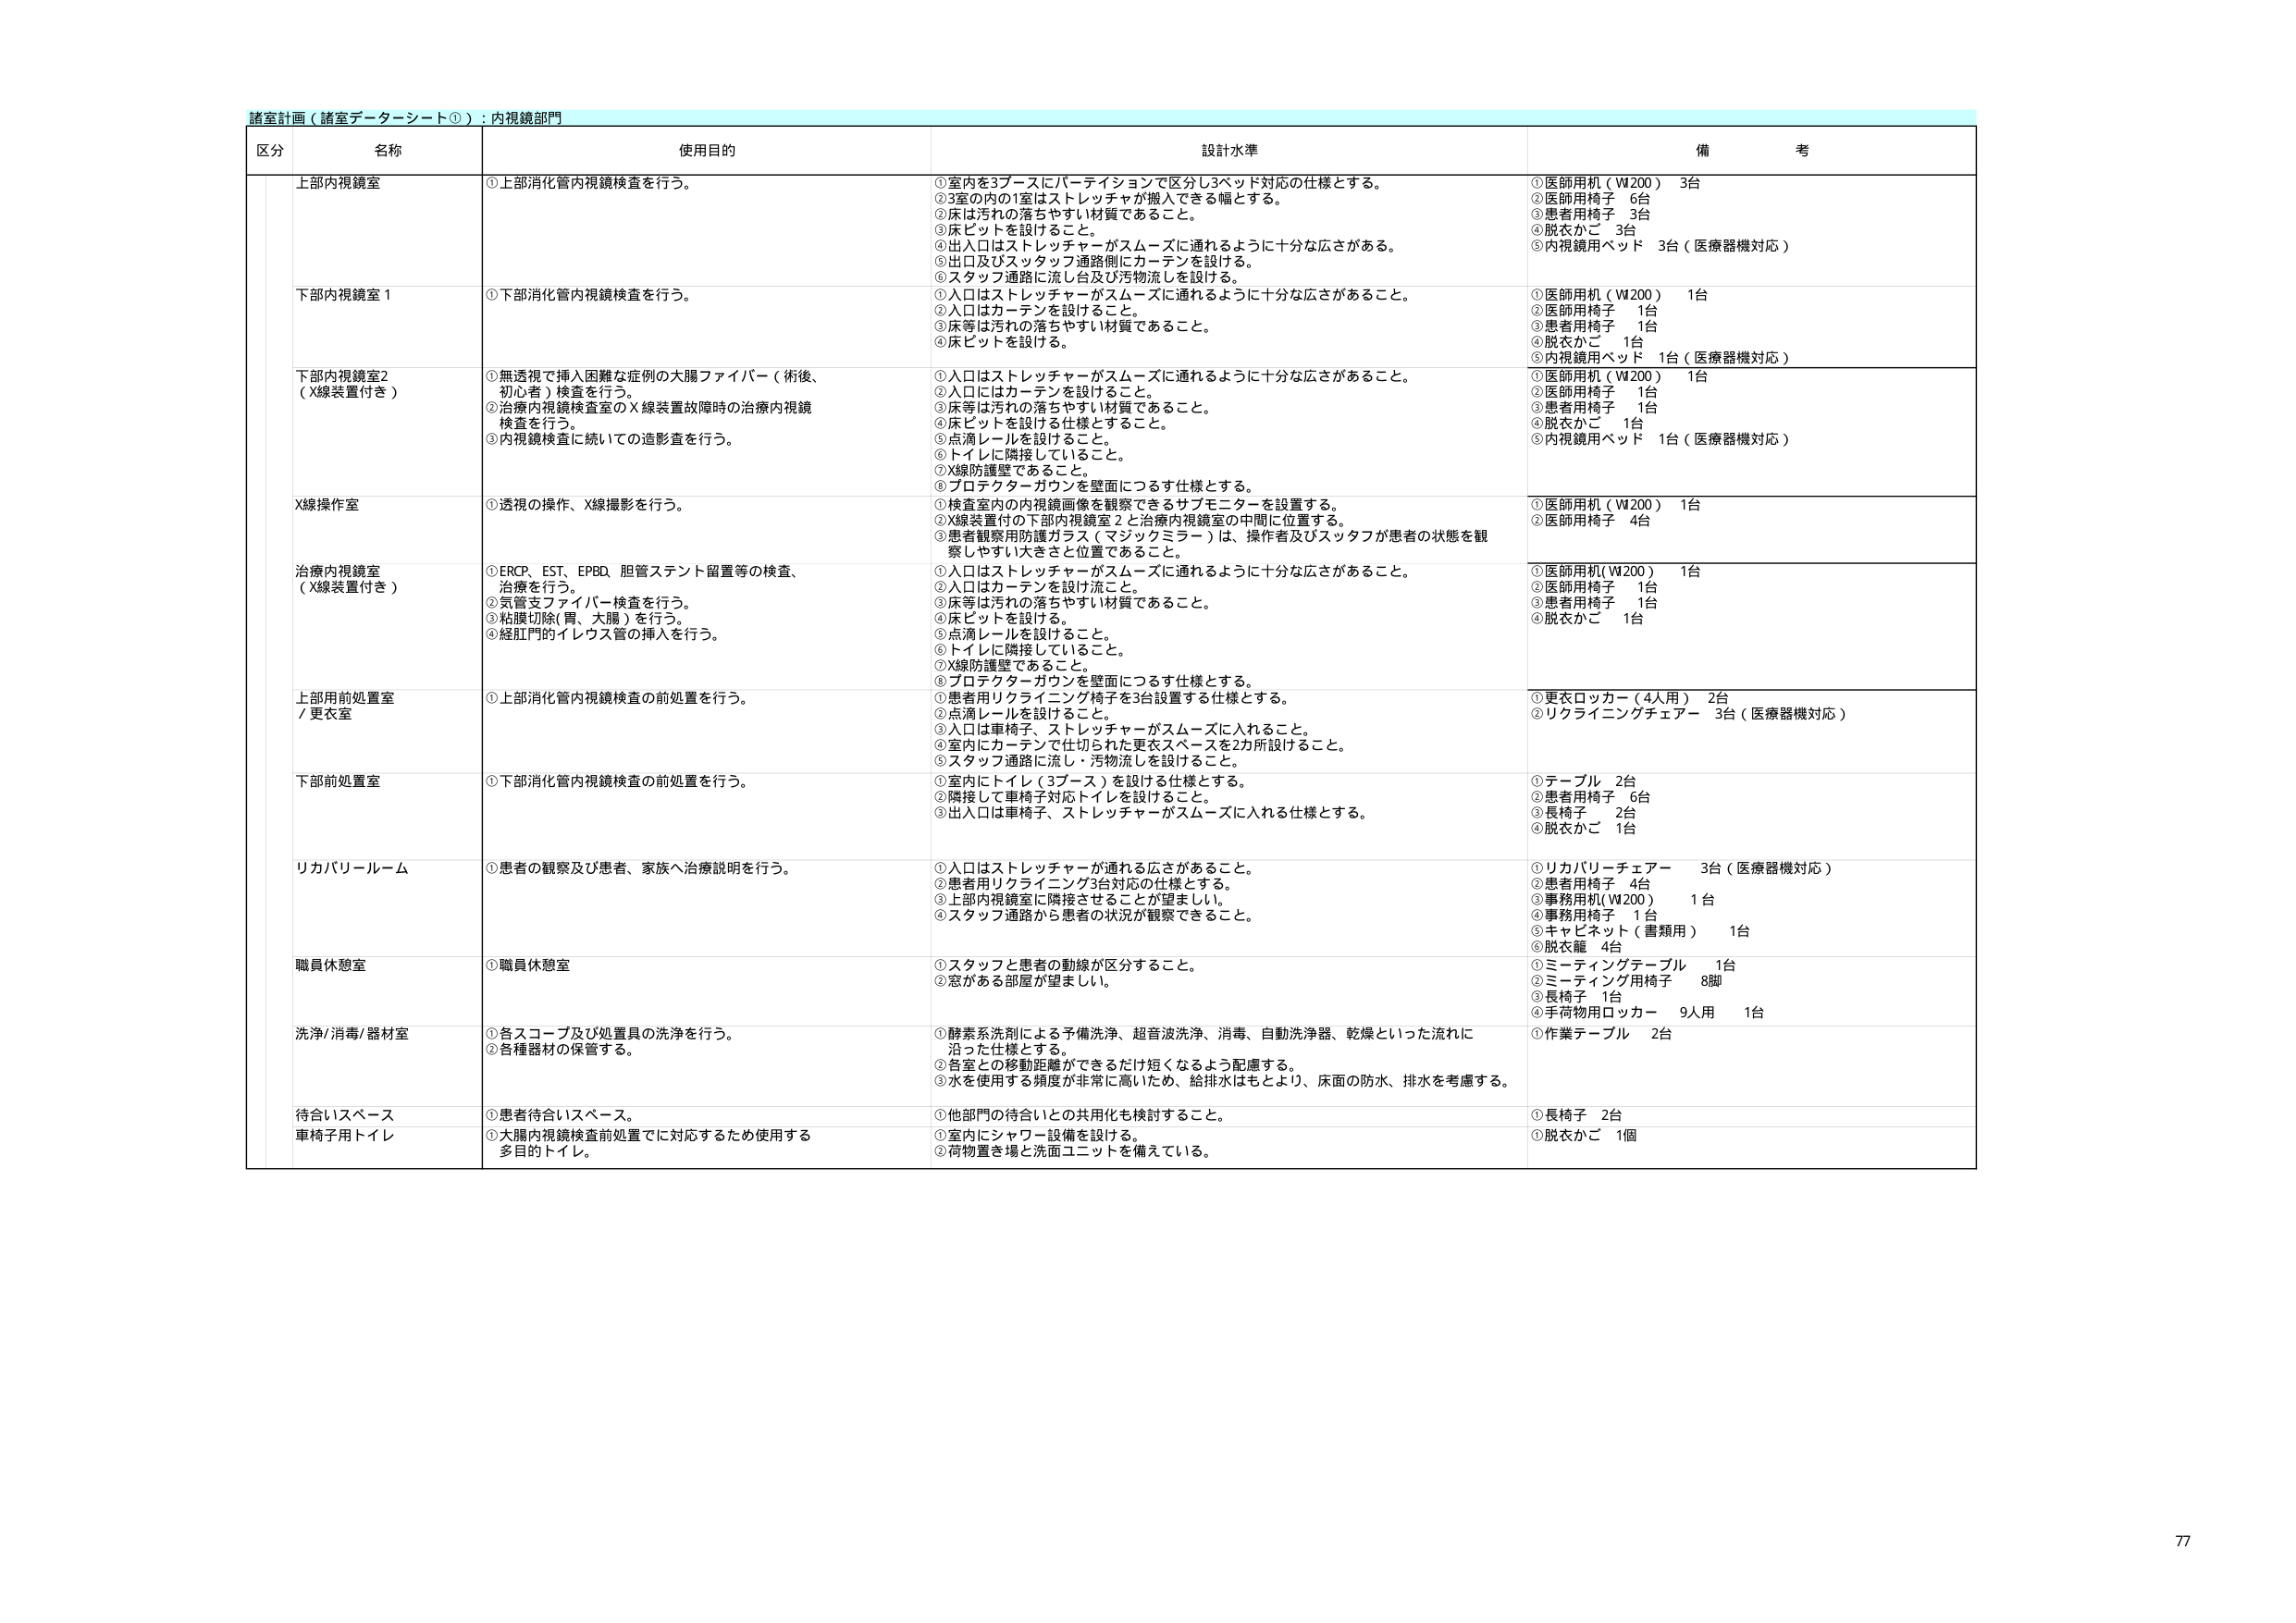
諸室計画（諸室データシート①）：内視鏡部門

区分 名称 使用目的 設計水準 備考

上部内視鏡室 ①上部消化管内視鏡検査を行う。 ①室内を3ブースにパーティションで区分し3ベッド対応の仕様とする。 ②3室の内の1室はストレッチャーが搬入できる幅とする。 ③床は汚れの落ちやすい材質であること。 ④床ピットを設けること。 ⑤出入口はストレッチャーがスムーズに通れるように十分な広さがある。 ⑥出口及びスタッフ通路側にカーテンを設ける。 ⑦スタッフ通路に流し台及び汚物流しを設ける。 ①医師用机（W200） 3台 ②医師用椅子 6台 ③患者用椅子 3台 ④脱衣かご 3台 ⑤内視鏡用ベッド 3台（医療器機対応）

下部内視鏡室1 ①下部消化管内視鏡検査を行う。 ①入口はストレッチャーがスムーズに通れるように十分な広さがあること。 ②入口はカーテンを設けること。 ③床等は汚れの落ちやすい材質であること。 ④床ピットを設ける。 ①医師用机（W200） 1台 ②医師用椅子 1台 ③患者用椅子 1台 ④脱衣かご 1台 ⑤内視鏡用ベッド 1台（医療器機対応）

下部内視鏡室2 （X線装置付き） ①無透視で挿入困難な症例の大腸ファイバー（術後、 初心者）検査を行う。 ②治療内視鏡検査室のX線装置故障時の治療内視鏡 検査を行う。 ③内視鏡検査に続いての造影査を行う。 ①入口はストレッチャーがスムーズに通れるように十分な広さがあること。 ②入口はカーテンを設けること。 ③床等は汚れの落ちやすい材質であること。 ④床ピットを設ける仕様とすること。 ⑤点滴レールを設けること。 ⑥トイレに隣接していること。 ⑦X線防護壁であること。 ⑧プロテクターガウンを壁面につるす仕様とする。 ①医師用机（W200） 1台 ②医師用椅子 1台 ③患者用椅子 1台 ④脱衣かご 1台 ⑤内視鏡用ベッド 1台（医療器機対応）

X線操作室 ①透視の操作、X線撮影を行う。 ①検査室内の内視鏡画像を観察できるサブモニターを設置する。 ②X線装置付の下部内視鏡室2と治療内視鏡室の中間に位置する。 ③患者観察防護ガラス（マジックミラー）は、操作者及びスタッフが患者の状態を観 察しやすい大きさと位置であること。 ①医師用机（W200） 1台 ②医師用椅子 4台

治療内視鏡室 （X線装置付き） ①ERCP、EST、EPBD、胆管ステント留置等の検査、 治療を行う。 ②気管支ファイバー検査を行う。 ③粘膜切除（胃、大腸）を行う。 ④経肛門的イレウス管の挿入を行う。 ①入口はストレッチャーがスムーズに通れるように十分な広さがあること。 ②入口はカーテンを設け流こと。 ③床等は汚れの落ちやすい材質であること。 ④床ピットを設ける。 ⑤点滴レールを設けること。 ⑥トイレに隣接していること。 ⑦X線防護壁であること。 ⑧プロテクターガウンを壁面につるす仕様とする。 ①医師用机（W200） 1台 ②医師用椅子 1台 ③患者用椅子 1台 ④脱衣かご 1台

上部用前処置室 / 更衣室 ①上部消化管内視鏡検査の前処置を行う。 ①患者用リクライニング椅子を3台設置する仕様とする。 ②点滴レールを設けること。 ③入口は車椅子、ストレッチャーがスムーズに入れること。 ④室内にカーテンで仕切られた更衣スペースを2カ所設けること。 ⑤スタッフ通路に流し・汚物流しを設けること。 ①更衣ロッカー（4人用） 2台 ②リクライニングチェアー 3台（医療器機対応）

下部前処置室 ①下部消化管内視鏡検査の前処置を行う。 ①室内にトイレ（3ブース）を設ける仕様とする。 ②隣接して車椅子対応トイレを設けること。 ③出入口は車椅子、ストレッチャーがスムーズに入れる仕様とする。 ①テーブル 2台 ②患者用椅子 6台 ③長椅子 2台 ④脱衣かご 1台

リカバリールーム ①患者の観察及び患者、家族へ治療説明を行う。 ①入口はストレッチャーが通れる広さがあること。 ②患者用リクライニング3台対応の仕様とする。 ③上部内視鏡室に隣接させることが望ましい。 ④スタッフ通路から患者の状況が観察できること。 ①リカバリーチェアー 3台（医療器機対応） ②患者用椅子 4台 ③事務用机（W200） 1台 ④事務用椅子 1台 ⑤キャビネット（書類用） 1台 ⑥脱衣籠 4台

職員休憩室 ①職員休憩室 ①スタッフと患者の動線が区分すること。 ②窓がある部屋が望ましい。 ①ミーティングテーブル 1台 ②ミーティング用椅子 8脚 ③長椅子 1台 ④手荷物用ロッカー 9人用 1台

洗浄/消毒/器材室 ①各スコープ及び処置具の洗浄を行う。 ②各種器材の保管する。 ①酵素系洗剤による予備洗浄、超音波洗浄、消毒、自動洗浄器、乾燥といった流れに 沿った仕様とする。 ②各室との移動距離ができるだけ短くなるよう配慮する。 ③水を使用する頻度が非常に高いため、給排水はもとより、床面の防水、排水を考慮する。 ①作業テーブル 2台

待合いスペース 車椅子用トイレ ①患者待合いスペース。 ①他部門の待合いとの共用化も検討すること。 ①長椅子 2台 ②大腸内視鏡検査前処置でに対応するため使用する 多目的トイレ。 ①室内にシャワー設備を設ける。 ②荷物置き場と洗面ユニットを備えている。 ②脱衣かご 1個

77